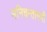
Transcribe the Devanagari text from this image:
मनिचन्तामणी